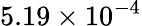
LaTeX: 5.19\times 10^{-4}